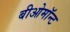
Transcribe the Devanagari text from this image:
बीओमॉन्ट